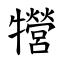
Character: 㹚